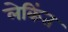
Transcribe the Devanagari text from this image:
लेकिंत